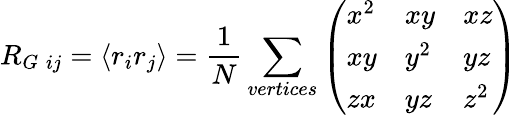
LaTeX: R_{G\; ij}=\left\langle r_{i}r_{j}\right\rangle=\frac{1}{N}\sum_{vertices}\left(\begin{array}{lll}{x^{2}}&{xy}&{xz}\\ {xy}&{y^{2}}&{yz}\\ {zx}&{yz}&{z^{2}}\end{array}\right)